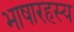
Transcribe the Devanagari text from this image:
भाषारहस्य